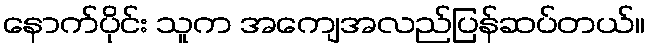
နောက်ပိုင်း သူက အကျေအလည်ပြန်ဆပ်တယ်။